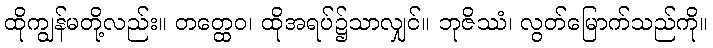
ထိုကျွန်မတို့လည်း။ တတ္ထေဝ၊ ထိုအရပ်၌သာလျှင်။ ဘုဇိဿံ၊ လွတ်မြောက်သည်ကို။